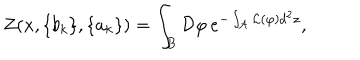
Z ( x , \{ b _ { k } \} , \{ a _ { k } \} ) = \int _ { B } { \mathcal D } \varphi \, e ^ { - \int _ { \mathcal A } { \mathcal L } ( \varphi ) d ^ { 2 } z } ,